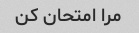
مرا امتحان کن